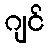
ဂျင်